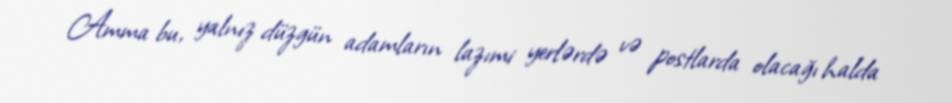
Amma bu, yalnız düzgün adamların lazımi yerlərdə və postlarda olacağı halda